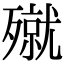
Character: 殧